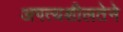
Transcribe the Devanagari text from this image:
अगत्यशीलतेने